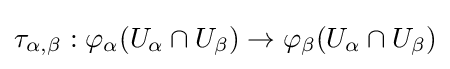
\tau _{\alpha ,\beta }:\varphi _{\alpha }(U_{\alpha }\cap U_{\beta })\to \varphi _{\beta }(U_{\alpha }\cap U_{\beta })